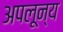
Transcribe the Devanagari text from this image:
अपलून्य